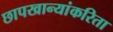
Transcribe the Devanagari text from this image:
छापखान्यांकरिता